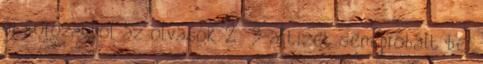
új sorozatból az olvasók 2 3-a tizet sem próbált be,